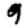
Digit: 9